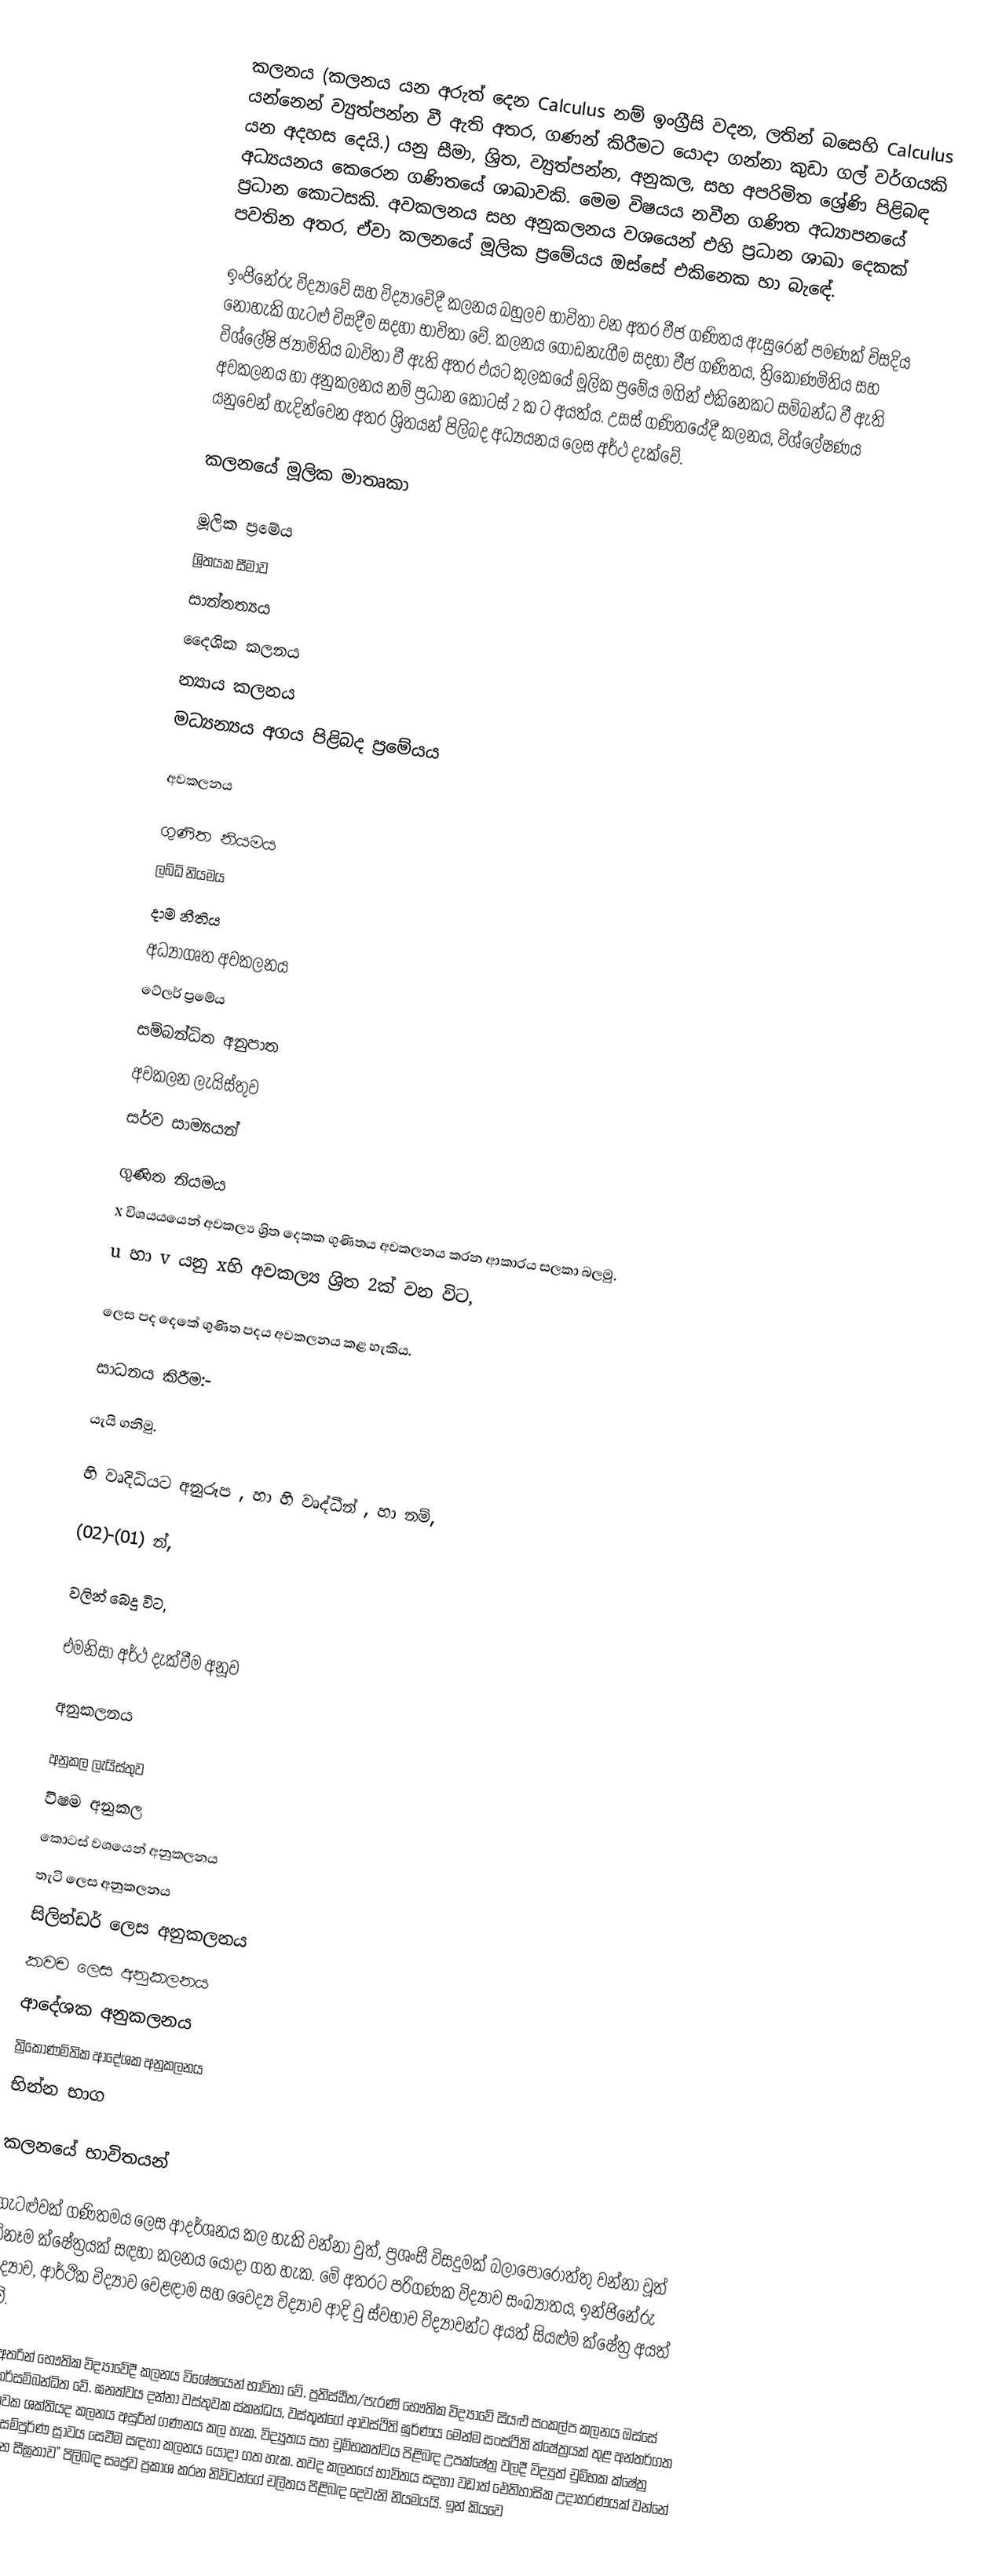
කලනය (කලනය යන අරුත් දෙන Calculus නම් ඉංග්‍රීසි වදන, ලතින් බසෙහි Calculus යන්නෙන් ව්‍යුත්පන්න වී ඇති අතර,  ගණන් කිරීමට යොදා ගන්නා කුඩා ගල් වර්ගයකි යන අදහස දෙයි.) යනු  සීමා, ශ්‍රිත, ව්‍යුත්පන්න, අනුකල, සහ අපරිමිත ශ්‍රේණි පිළිබඳ අධ්‍යයනය කෙරෙන ගණිතයේ ශාඛාවකි.  මෙම විෂයය නවීන ගණිත අධ්‍යාපනයේ ප්‍රධාන කොටසකි.   අවකලනය සහ අනුකලනය  වශයෙන් එහි ප්‍රධාන ශාඛා දෙකක් පවතින අතර, ඒවා කලනයේ මූලික ප්‍රමේයය ඔස්සේ එකිනෙක හා බැ‍ඳේ.

ඉංජිනේරු විද්‍යාවේ සහ විද්‍යාවේදී කලනය බහුලව භාවිතා වන අතර වීජ ගණිතය ඇසුරෙන් පමණක් විසදිය නොහැකි ගැටළු විසදීම සදහා භාවිතා වේ. කලනය ගොඩනැගීම සදහා වීජ ගණිතය, ත්‍රිකෝණමිතිය සහ විශ්ලේෂි ජ්‍යාමිතිය බාවිතා වී ඇති අතර එයට කුලකයේ මූලික ප්‍රමේය මගින් එකිනෙකට සම්බන්ධ වී ඇති අවකලනය හා අනුකලනය නම් ප්‍රධාන කොටස් 2 ක ට අයත්ය. උසස් ගණිතයේදී කලනය, විශ්ලේෂණය යනුවෙන් හැදින්වෙන අතර ශ්‍රිතයන් පිලිබද අධ්‍යයනය ලෙස අර්ථ දැක්වේ.

කලනයේ මූලික මාතෘකා

	මූලික ප්‍රමේය
	ශ්‍රිතයක සීමාව
	සාන්තත්‍යය
	දෛශික කලනය
	න්‍යාය කලනය
	මධ්‍යන්‍යය අගය පිළිබද ප්‍රමේයය

අවකලනය

	ගුණිත නියමය
	ලබ්ධි නියමය
	දාම නීතිය
	අධ්‍යාගෘත අවකලනය
	ටේලර් ප්‍රමේය
	සම්බන්ධිත අනුපාත
	අවකලන ලැයිස්තුව
	සර්ව සාම්‍යයන්

ගුණිත නියමය
x විශයයයෙන් අවකල්‍ය ශ්‍රිත දෙකක ගුණිතය අවකලනය කරන ආකාරය සලකා බලමු.
u හා v යනු xහි අවකල්‍ය ශ්‍රිත 2ක් වන විට,

ලෙස  පද දෙකේ ගුණිත පදය අවකලනය කළ හැකිය.

සාධනය කිරීම:-

යැයි ගනිමු.

 හි  වෘදිධියට අනුරූප , හා  හි වෘද්ධීන් , හා  නම්,

(02)-(01) න්,

 වලින් බෙදු විට,

එමනිසා  අර්ථ දැක්වීම අනූව

අනුකලනය

	අනුකල ලැයිස්තුව
	විෂම අනුකල
	කොටස් වශයෙන් අනුකලනය
	තැටි ලෙස අනුකලනය
	සිලින්ඩර් ලෙස අනුකලනය
	කවච ලෙස අනුකලනය
	ආදේශක අනුකලනය
	ත්‍රිකෝණමිතික ආදේශක අනුකලනය
	භින්න භාග

කලනයේ භාවිතයන්

ගැටළුවක් ගණිතමය ලෙස ආදර්ශනය කල හැකි වන්න‍‍ා වුත්, ප්‍රශංසී විසදුමක් බලාපොරොත්තු වන්නා වූත් ඕනෑම ක්ෂේත්‍රයක් සඳහා කලනය යොදා ගත හැක. මේ අතරට පරිගණක විද්‍යාව සංඛ්‍යාතය,  ඉන්ජිනේරු විද්‍යාව, ආර්ථික විද්‍යාව වෙළඳාම සහ වෛද්‍ය විද්‍යාව ආදි වු ස්වභාව විද්‍යාවන්ට අයත් සියළුම ක්ෂේත්‍ර අයත් වේ.

මේ අතරින් භෞතික විද්‍යාවේදී කලනය විශේෂයෙන් භාවිතා වේ. ප්‍රතිස්ඨිත/පැරණි භෞතික විද්‍යාවේ සියළු සංකල්ප කලනය ඔස්සේ අන්තර්සම්බන්ධිත වේ. ඝනත්වය දන්නා වස්තුවක ස්කන්ධය, වස්තූන්ගේ ආවස්ථිති ඝුර්ණය මෙන්ම සංස්ථිති ක්ෂේත්‍රයක් තුළ අන්තර්ගත වස්තුවක ශක්තියද කලනය අසුරින් ගණනය කල හැක. විද්‍යුතය සහ චුම්භකත්වය පිළිබඳ උපක්ෂේත්‍ර වලදී විද්‍යුත් චුම්භක ක්ෂේත්‍ර වලදී සම්පුර්ණ ස්‍රාවය සෙවීම සඳහා කලනය යොදා ගත හැක. තවද කලනයේ භාවිතය සදහා වඩාත් ඓතිහාසික උදාහරණයක් වන්නේ “විචලන සීඝ්‍රතාව” පිලිබඳ සෘජුව ප්‍රකාශ කරන නිව්ටන්ගේ චලිතය පිළිබඳ දෙවැනි නියමයයි. ඉන් කියවෙ